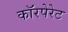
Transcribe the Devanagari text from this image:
काॅरपेरेट